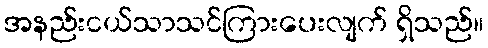
အနည်းငယ်သာသင်ကြားပေးလျက် ရှိသည်။